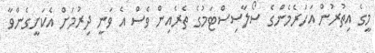
މީގެ އިތުރުން އަހަރެމެންގެ ސޯލާސިސްޓަމުގެ ތެރެއިން ވެސް އެ ވަނީ ދިރުމަށް އެކަށީގެންވާ